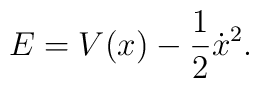
E = V(x) - \frac{1}{2} \dot{x}^2.